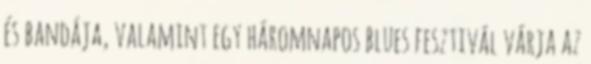
és bandája, valamint egy háromnapos blues fesztivál várja az